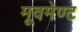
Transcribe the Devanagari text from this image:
मूवमेण्ट